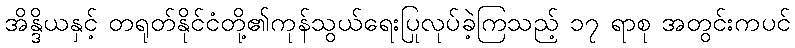
အိန္ဒိယနှင့် တရုတ်နိုင်ငံတို့၏ကုန်သွယ်ရေးပြုလုပ်ခဲ့ကြသည့် ၁၇ ရာစု အတွင်းကပင်